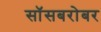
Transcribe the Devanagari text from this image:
सॉसबरोबर